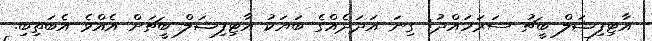
އާޓިފިޝަލް ބީޗު ސަރަހައްދު: ގިނަ އަދަދެއްގެ ބަޔަކު އާޓިފިޝަލް ބީޗަށް އެއްވެ އެބަތިބި.